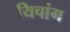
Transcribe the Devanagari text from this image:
यिचांग